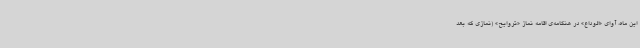
این ماه، آوای «الوداع» در هنگامه‌ی اقامه نماز «تروایح» (نمازی که بعد